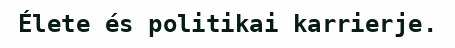
Élete és politikai karrierje.